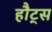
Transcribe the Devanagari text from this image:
हौट्स